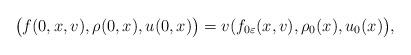
LaTeX: \begin{align*}\big(f(0,x,v),\rho(0,x),u(0,x)\big)=v(f_{0\varepsilon}(x,v),\rho_0(x),u_0(x)\big),\end{align*}